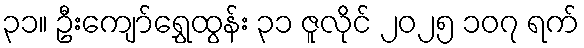
၃၁။ ဦးကျော်ရွှေထွန်း ၃၁ ဇူလိုင် ၂၀၂၅ ၁၀၇ ရက်